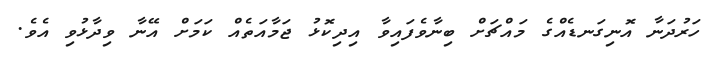
ހަރުދަނާ އޮނިގަނޑެއްގެ މައްޗަށް ބިނާވެފައިވާ އިދިކޮޅު ޖަމާއަތެއް ކަމަށް އޭނާ ވިދާޅުވި އެވެ.